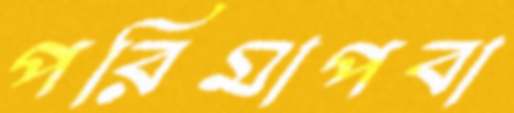
পরিমাপবা